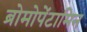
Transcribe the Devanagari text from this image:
ब्रोमोपेंटामिन